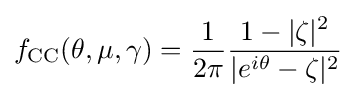
f_{\text{CC}}(\theta ,\mu ,\gamma )={\frac {1}{2\pi }}{\frac {1-|\zeta |^{2}}{|e^{i\theta }-\zeta |^{2}}}